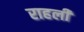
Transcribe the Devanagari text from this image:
राहली